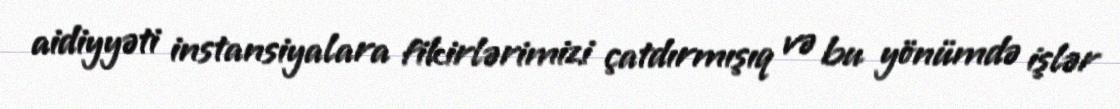
aidiyyəti instansiyalara fikirlərimizi çatdırmışıq və bu yönümdə işlər